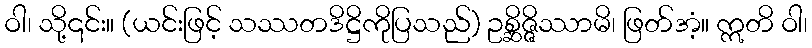
ဝါ၊ သို့၎င်း။ (ယင်းဖြင့် သဿတဒိဋ္ဌိကိုပြသည်) ဥစ္ဆိဇ္ဇိဿာမိ၊ ဖြတ်အံ့။ ဣတိ ဝါ၊